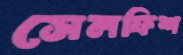
সেলফিশ